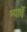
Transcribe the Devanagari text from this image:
ग्यार्वे